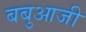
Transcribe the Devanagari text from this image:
बबुआजी